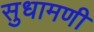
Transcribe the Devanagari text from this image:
सुधामणी